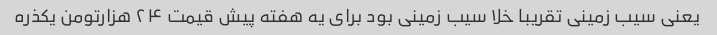
یعنی سیب زمینی تقریبا خلا سیب زمینی بود برای یه هفته پیش قیمت ۲۴ هزارتومن یکذره